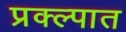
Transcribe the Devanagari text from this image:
प्रक्ल्पात